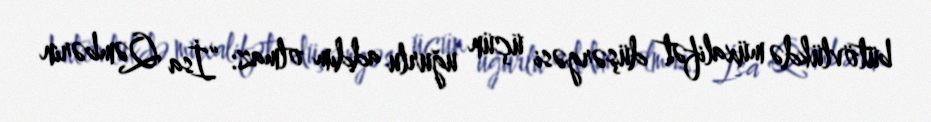
bütövlükdə müxalifət düşərgəsi üçün uğurlu addım olmaz: “İsa Qəmbərin